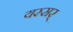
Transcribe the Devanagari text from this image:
यस्सर्